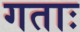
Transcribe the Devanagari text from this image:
गताः